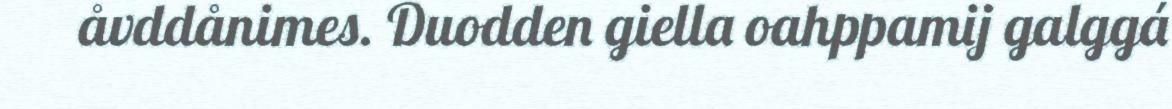
åvddånimes. Duodden giella oahppamij galggá